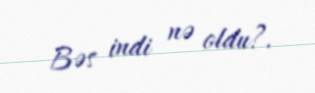
Bəs indi nə oldu?.